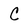
Character: C